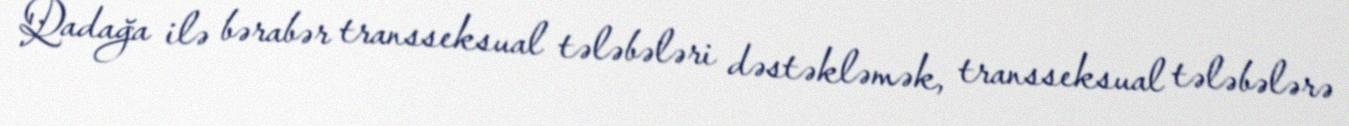
Qadağa ilə bərabər transseksual tələbələri dəstəkləmək, transseksual tələbələrə